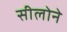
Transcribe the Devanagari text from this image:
सीलोने